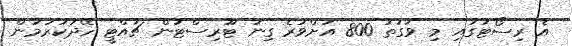
އެ ރިސޯޓުގައި މި ވަގުތު 800 އަށްވުރެ ގިނަ ޓޫރިސްޓުން ޗުއްޓީ ހޭދަކުރަމުން